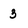
Character: 3